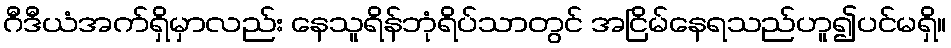
ဂီဒီယံအက်ရှိမှာလည်း နေသူရိန်ဘုံရိပ်သာတွင် အငြိမ်နေရသည်ဟူ၍ပင်မရှိ။